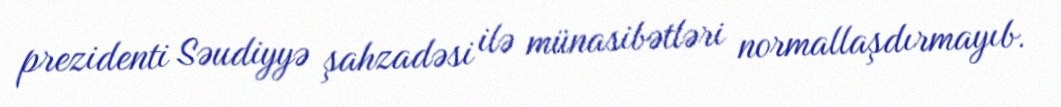
prezidenti Səudiyyə şahzadəsi ilə münasibətləri normallaşdırmayıb.